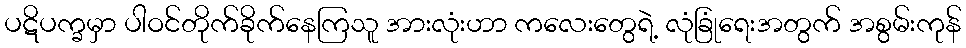
ပဋိပက္ခမှာ ပါဝင်တိုက်ခိုက်နေကြသူ အားလုံးဟာ ကလေးတွေရဲ့ လုံခြုံရေးအတွက် အစွမ်းကုန်